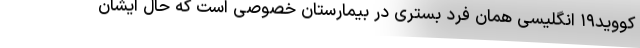
کووید۱۹ انگلیسی همان فرد بستری در بیمارستان خصوصی است که حال ایشان